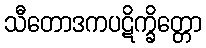
သီတောဒကပဋိက္ခိတ္တော